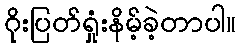
ဂိုးပြတ်ရှုံးနိမ့်ခဲ့တာပါ။